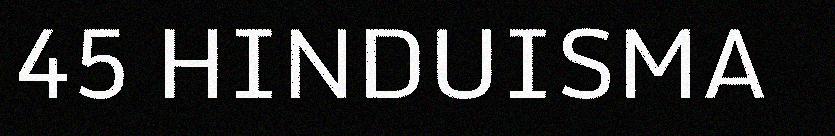
45 HINDUISMA